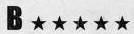
B ★ ★★★★